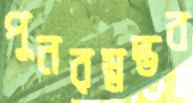
পুনরম্নদ্ভব